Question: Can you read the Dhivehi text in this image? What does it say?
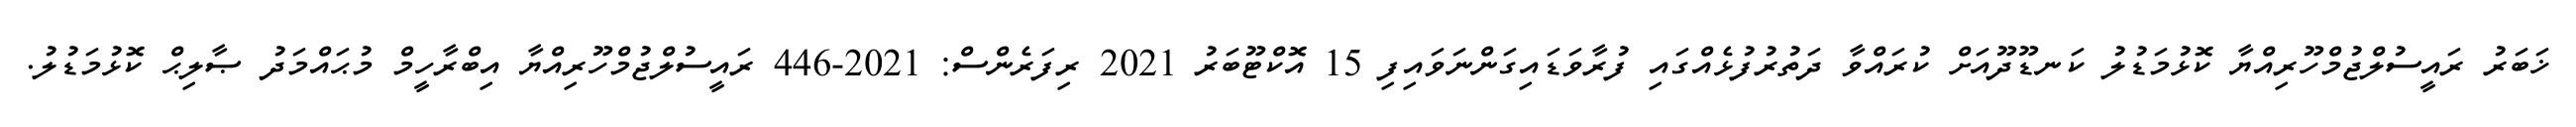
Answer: ޚަބަރު ރައީސުލްޖުމްހޫރިއްޔާ ކޮޅުމަޑުލު ކަނޑޫދޫއަށް ކުރައްވާ ދަތުރުފުޅެއްގައި ފުރާވަޑައިގަންނަވައިފި 15 އޮކްޓޫބަރު 2021 ރިފަރެންސް: 2021-446 ރައީސުލްޖުމްހޫރިއްޔާ އިބްރާހީމް މުޙައްމަދު ޞާލިޙް ކޮޅުމަޑުލު.